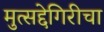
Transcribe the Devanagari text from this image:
मुत्सद्देगिरीचा